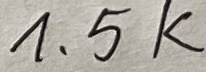
Text: 1,5K